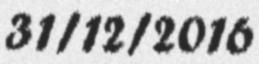
31/12/2016